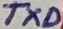
Text: TXD